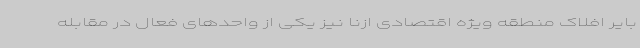
بایر افلاک منطقه ویژه اقتصادی ازنا نیز یکی از واحدهای فعال در مقابله